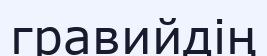
гравийдің